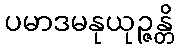
ပမာဒမနုယုဉ္ဇန္တိ